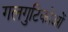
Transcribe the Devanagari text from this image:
गलगुटिकोओं